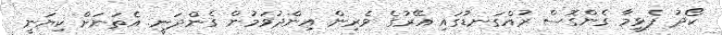
ކޯދު ފެޅީމާ ގެންގޮސް ރުއްގަނޑުގައި އޭރުގެ ވެރިން އިންދުވަމުން ގެންދަނީ. އެތަނަށް ކިޔަނީ